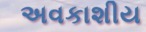
અવકાશીય